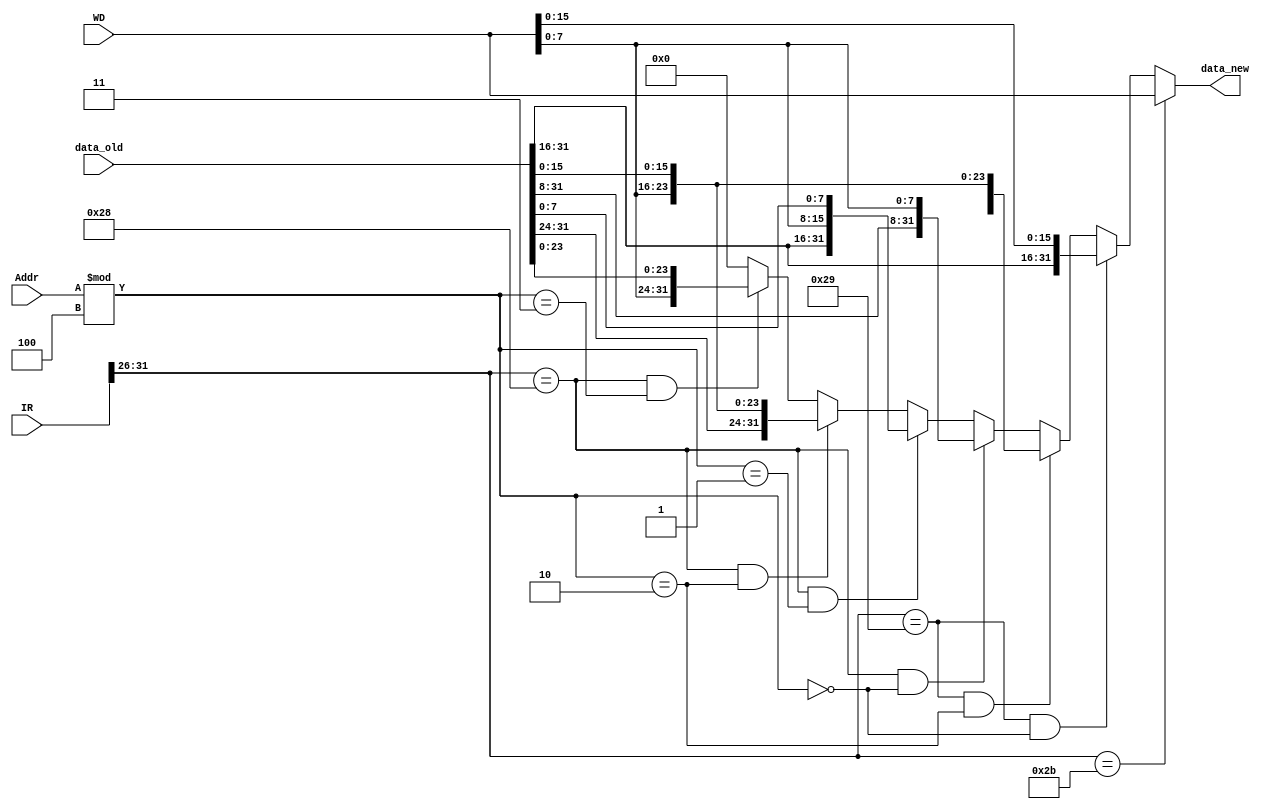
`timescale 1ns / 1ps
//////////////////////////////////////////////////////////////////////////////////
// Company: 
// Engineer: 
// 
// Design Name: 
// Module Name:    saveEx 
// Project Name: 
// Target Devices: 
// Tool versions: 
// Description: 
//
// Dependencies: 
//
// Revision: 
// Revision 0.01 - File Created
// Additional Comments: 
//
//////////////////////////////////////////////////////////////////////////////////
// Get new data to be written according to save type
`define op 31:26
module saveEx(
    input [31:0] IR,
    input [31:0] Addr,
    input [31:0] data_old,
    input [31:0] WD,
    output [31:0] data_new
    );
    parameter sbop = 6'b101000, shop = 6'b101001,swop = 6'b101011;

    wire [7:0] byte3, byte2, byte1,byte0, byte1_new, byte0_new;
    
    assign byte3 = data_old[31:24], byte2 = data_old[23:16], byte1 = data_old[15:8], byte0 = data_old[7:0],
    byte1_new = WD[15:8], byte0_new = WD[7:0];
    assign data_new = (IR[`op] == swop)? WD:
                    (IR[`op] == shop && (Addr % 4 == 0))? {byte3, byte2, byte1_new, byte0_new}: // addr: 0,4,8
                    (IR[`op] == shop && (Addr % 4 == 2))? {byte1_new, byte0_new, byte1, byte0}: // addr: 2,6,8
                    (IR[`op] == sbop && (Addr % 4 == 0))? {byte3, byte2, byte1, byte0_new}: // addr:0,4,8
                    (IR[`op] == sbop && (Addr % 4 == 1))? {byte3, byte2, byte0_new, byte0}: // addr:1,5,9
                    (IR[`op] == sbop && (Addr % 4 == 2))? {byte3, byte0_new, byte1, byte0}: // addr:2,6,10
                    (IR[`op] == sbop && (Addr % 4 == 3))? {byte0_new, byte2, byte1, byte0}:
                    0; // addr:3,7,11
endmodule